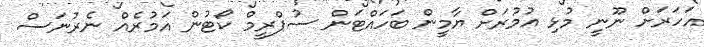
އަހަރަށް ނޫނީ މުޅި އުމުރަށް ޔާމީން ބަހައްޓަން ސުޕްރީމް ކޯޓުން އަމުރެއް ނެރުނަސް